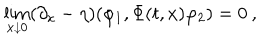
LaTeX: \lim _ { x \downarrow 0 } ( \partial _ { x } - \eta ) ( \varphi _ { 1 } , \Phi ( t , x ) \varphi _ { 2 } ) = 0 \: , \nonumber